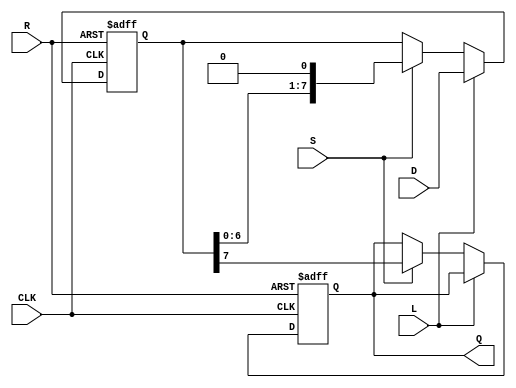
module PISO_Register #(
    parameter N = 8  // Width of the parallel data input
)(
    input  wire [N-1:0] D,   // Parallel Data Input
    input  wire L,           // Load Control Signal
    input  wire S,           // Shift Control Signal
    input  wire CLK,         // Clock Signal
    input  wire R,           // Asynchronous Reset Signal
    output reg Q             // Serial Output
);

    reg [N-1:0] shift_reg;   // Shift register to hold the data

    always @(posedge CLK or posedge R) begin
        if (R) begin
            // Asynchronous reset
            shift_reg <= {N{1'b0}};
            Q <= 1'b0;
        end else if (L) begin
            // Load data into the register
            shift_reg <= D;
        end else if (S) begin
            // Shift the contents of the register
            Q <= shift_reg[N-1]; // Output the MSB
            shift_reg <= {shift_reg[N-2:0], 1'b0}; // Shift right and fill LSB with 0
        end
    end

endmodule